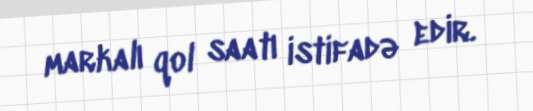
markalı qol saatı istifadə edir.